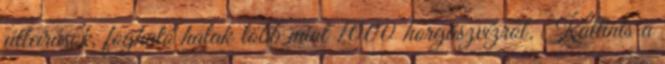
útleírások, fogható halak több mint 1000 horgászvízről. Kattints a